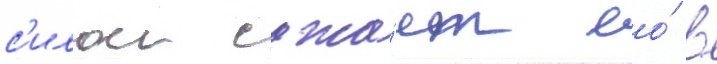
с'илои сажа́ет ео́ в